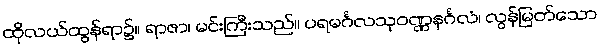
ထိုလယ်ထွန်ရာ၌။ ရာဇာ၊ မင်းကြီးသည်။ ပရမင်္ဂလသုဝဏ္ဏနင်္ဂလံ၊ လွန်မြတ်သော